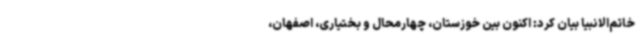
خاتم‌الانبیا بیان کرد: اکنون بین خوزستان، چهارمحال و بختیاری، اصفهان،